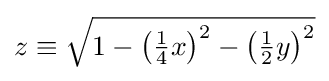
z\equiv {\sqrt {1-\left({\tfrac {1}{4}}x\right)^{2}-\left({\tfrac {1}{2}}y\right)^{2}}}